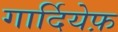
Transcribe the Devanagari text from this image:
गार्दियेफ़